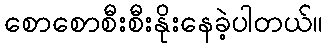
စောစောစီးစီးနိုးနေခဲ့ပါတယ်။